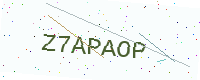
Text: Z7APAOP